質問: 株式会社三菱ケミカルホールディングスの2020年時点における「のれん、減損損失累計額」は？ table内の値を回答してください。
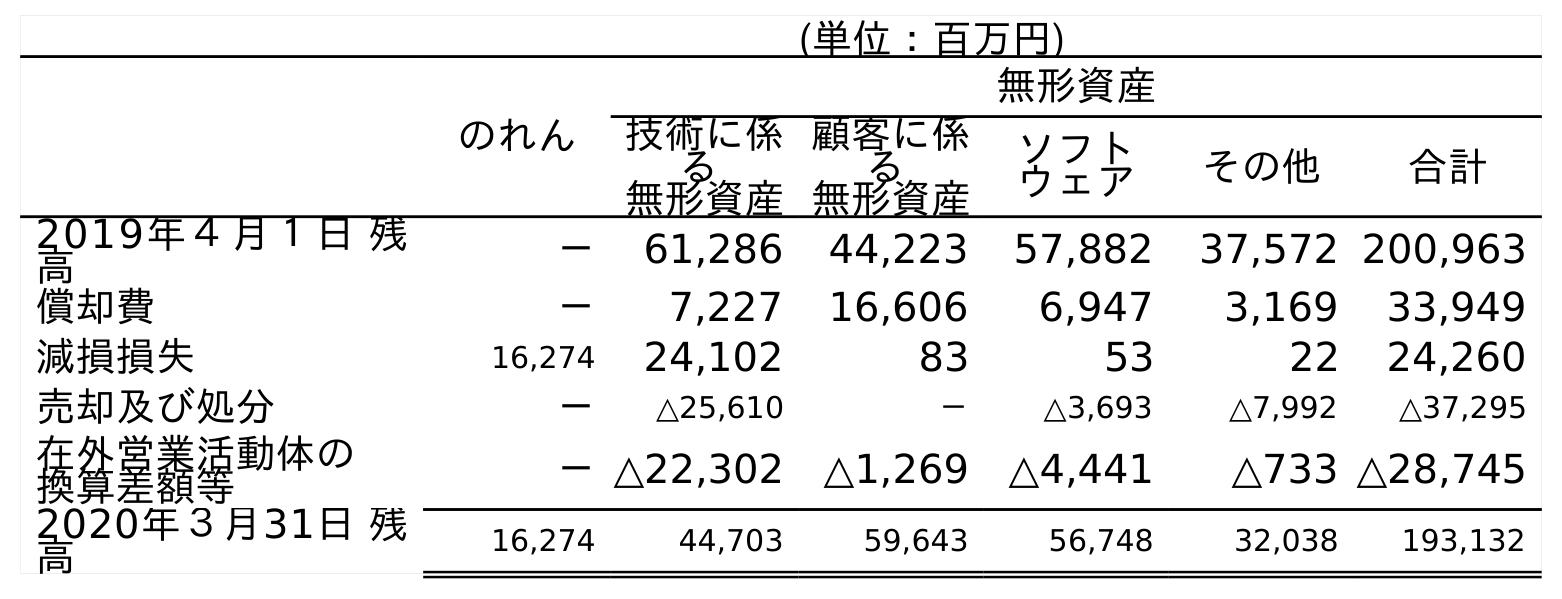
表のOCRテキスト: (単位：百万円) のれん 無形資産 技術に係 る 無形資産 顧客に係 る 無形資産 ソフト ウェア その他 合計 2019年４月１日 残 高 － 61,286 44,223 57,882 37,572 200,963 償却費 － 7,227 16,606 6,947 3,169 33,949 減損損失 16,274 24,102 83 53 22 24,260 売却及び処分 － △25,610 － △3,693 △7,992 △37,295 在外営業活動体の 換算差額等 －△22,302 △1,269 △4,441 △733 △28,745 2020年３月31日 残 高 16,274 44,703 59,643 56,748 32,038 193,132
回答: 16,274